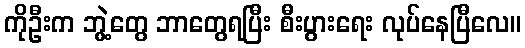
ကိုဦးက ဘွဲ့တွေ ဘာတွေရပြီး စီးပွားရေး လုပ်နေပြီလေ။